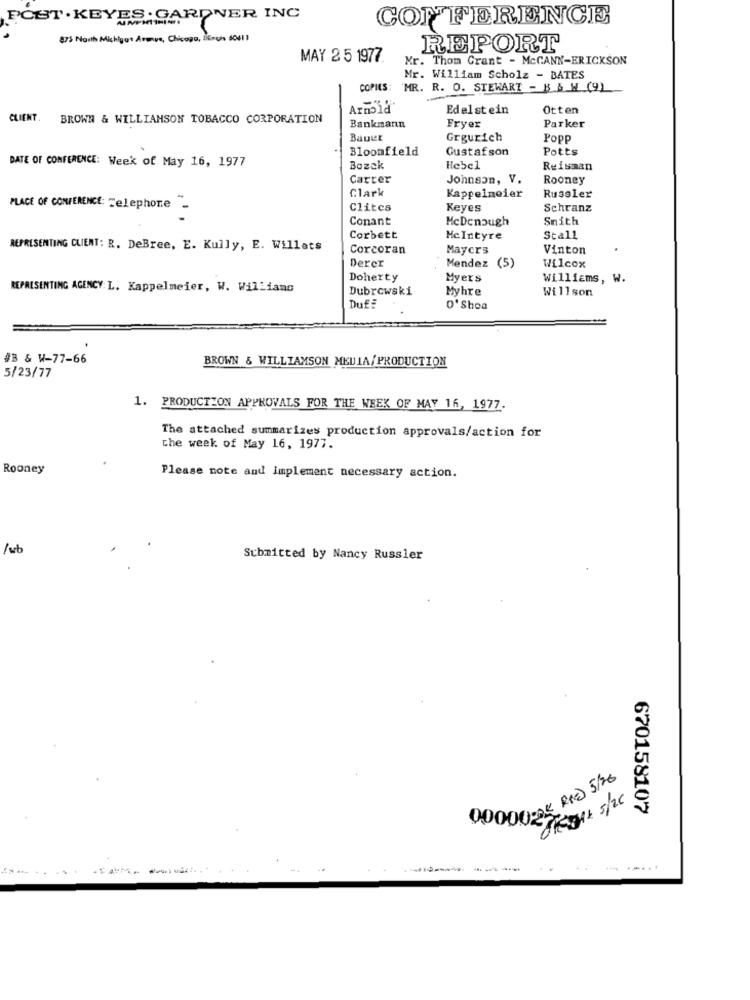
FCST . KEYES . GARDNER INC
CONFERENCE
875 North Michigan Avenue, Chicago, MEsch 60411
REPORT
MAY 25 1977.
Mr. Thom Grant - McCANN-ERICKSON
Mr. William Scholz - BATES
COPIES: 'MR. R. O. STEWART - B & W (9)
Arnold
Edelstein
Otten
CLIENT.
BROWN & WILLIAMSON TOBACCO CORPORATION
Bankmanın
Fryer
Parker
Bauer
Grgurich
Popp
Bloomfield
Gustafson
Potts
DATE OF CONFERENCE: Week of May 16, 1977
Bozck
Hebel
Reisman
Carter
Johnson, V.
Rooney
Clark
Kappelmeier
Russler
PLACE OF CONFERENCE: Telephone
Clites
Keyes
Schranz
Conant
McDenough
Smith
Corbett
McIntyre
Stall
REPRESENTING CLIENT: R. DeBree, E. Kully, E. Willats
Corcoran
Mayers
Vinton
Derer
Mendez (5)
Wilcox
Doherty
Myers
Williams, W
REPRESENTING AGENCY: L. Kappelmeier, W. Williams
Dubrowski
Myhre
Willson
Duf
O'Shea
#B & W-77-66
BROWN & WILLIAMSON MEDIA/ PRODUCTION
5/23/77
1. PRODUCTION APPROVALS FOR THE WEEK OF MAY 16, 1977.
The attached summarizes production approvals/action for
the week of May 16, 1977.
Rooney
Please note and implement necessary action.
/wb
Submitted by Nancy Russler
00000:04 Rx 5/20
OPERAx 5/20
670158107